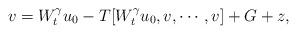
LaTeX: \begin{align*} v = W_t^\gamma u_0 - T[W_t^\gamma u_0, v, \cdots, v]+G+z,\end{align*}